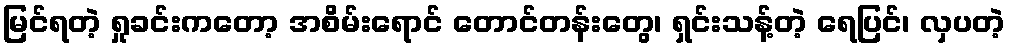
မြင်ရတဲ့ ရှုခင်းကတော့ အစိမ်းရောင် တောင်တန်းတွေ၊ ရှင်းသန့်တဲ့ ရေပြင်၊ လှပတဲ့